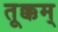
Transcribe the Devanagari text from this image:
तूक्कम्